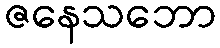
ဇနေသဘော